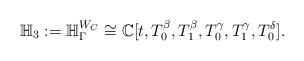
LaTeX: \begin{align*}\mathbb{H}_3:= \mathbb{H}^{W_{C}}_{\Gamma} \cong \mathbb{C}[t,T_0^\beta,T_1^\beta,T_0^\gamma,T_1^\gamma,T_0^{\delta}].\end{align*}